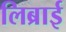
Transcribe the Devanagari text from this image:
लिब्राई